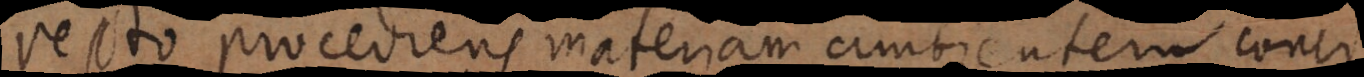
recto [procedens] materiam ambientem conci